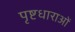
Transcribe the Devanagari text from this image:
पृष्टधाराओं